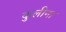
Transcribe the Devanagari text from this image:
कुलीना